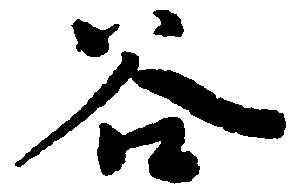
谷